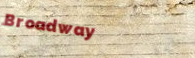
Broadway